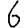
Digit: 6